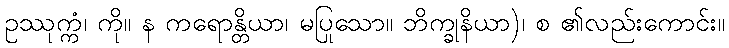
ဥဿုက္ကံ၊ ကို။ န ကရောန္တိယာ၊ မပြုသော။ ဘိက္ခုနိယာ)၊ စ ၏လည်းကောင်း။